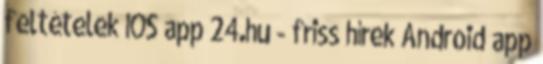
feltételek IOS app 24.hu - friss hírek Android app